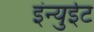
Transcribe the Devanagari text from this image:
इंन्युईट